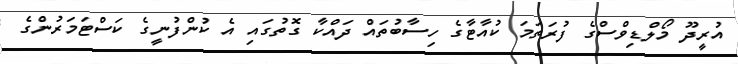
އުރީދޫ މޯލްޑިވްސްގެ ފުރަތަމަ ކުއާޓާގެ ހިސާބުތައް ދައްކާ ގޮތުގައި އެ ކުންފުނީގެ ކަސްޓަމަރުންގެ